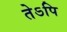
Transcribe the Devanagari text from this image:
तेऽपि